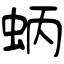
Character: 蛃